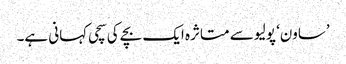
’ساون‘ پولیو سے متاثرہ ایک بچے کی سچی کہانی ہے۔